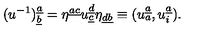
( u ^ { - 1 } ) _ { \underline { b } } ^ { \underline { a } } = \eta ^ { \underline { { a c } } } u _ { \underline { c } } ^ { \underline { d } } \eta _ { \underline { { d b } } } \equiv ( u _ { a } ^ { \underline { a } } , u _ { i } ^ { \underline { a } } ) .